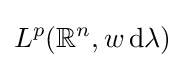
L^{p}(\mathbb {R} ^{n},w\,\mathrm {d} \lambda )